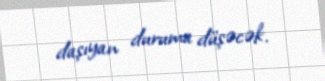
daşıyan duruma düşəcək.